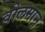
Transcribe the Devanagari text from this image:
वोलमान